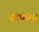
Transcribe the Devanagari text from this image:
सोफीस